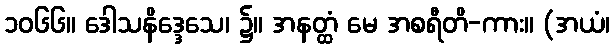
၁၀၆၆။ ဒေါသနိဒ္ဒေသေ၊ ၌။ အနတ္ထံ မေ အစရီတိ-ကား။ (အယံ၊